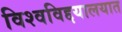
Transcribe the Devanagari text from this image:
विश्वविद्दयालयात